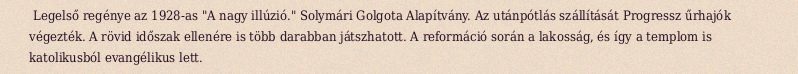
Legelső regénye az 1928-as "A nagy illúzió." Solymári Golgota Alapítvány. Az utánpótlás szállítását Progressz űrhajók végezték. A rövid időszak ellenére is több darabban játszhatott. A reformáció során a lakosság, és így a templom is katolikusból evangélikus lett.